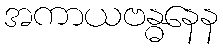
အကာယဗန္ဓနေန